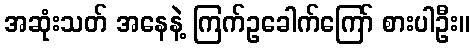
အဆုံးသတ် အနေနဲ့ ကြက်ဥခေါက်ကြော် စားပါဦး။